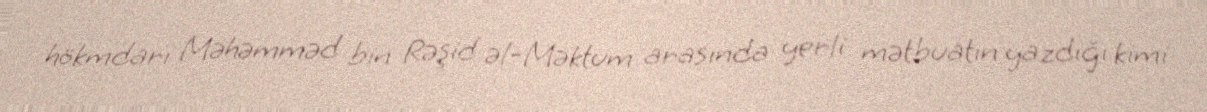
hökmdarı Məhəmməd bin Rəşid əl-Məktum arasında yerli mətbuatın yazdığı kimi